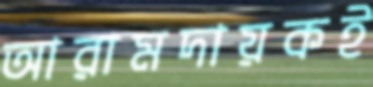
আরামদায়কই